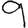
Digit: 9